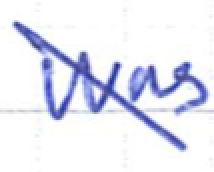
Text: was
Cross-out: diagonal
Writing tool: ballpoint